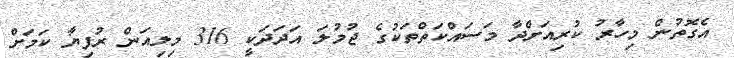
އެގޮތުން މިހާރު ކުރިއަށްދާ މަސައްކަތްތަކުގެ ޖުމުލަ އަދަދަކީ 316 މިލިއަން ރުފިޔާ ކަމަށް